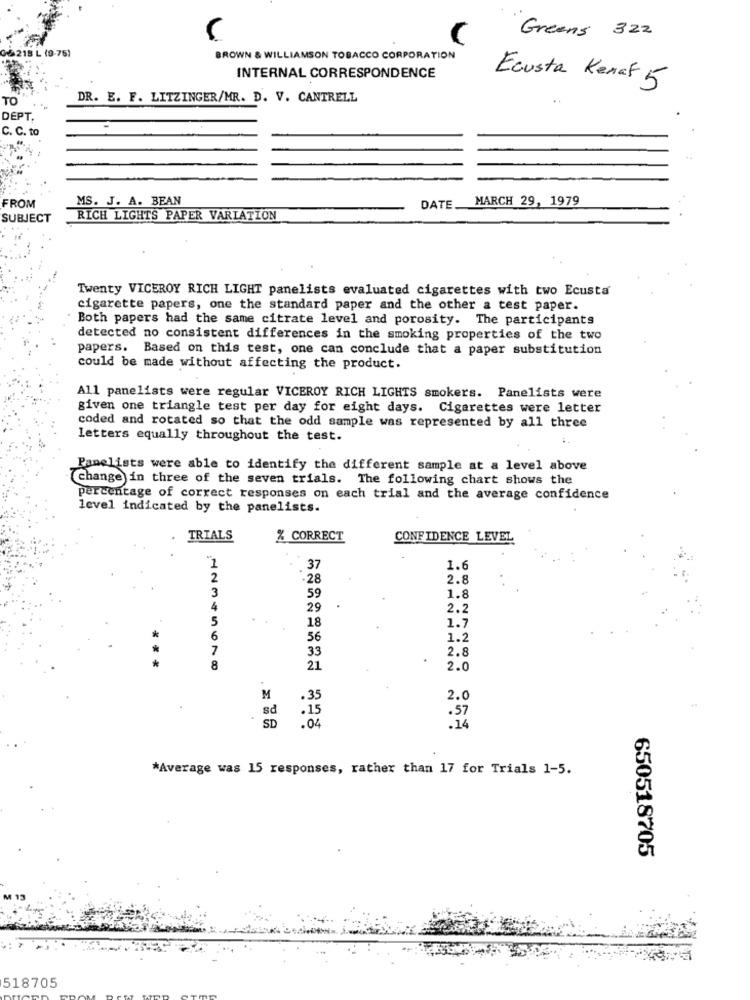
Greens 322
&218 L (9-76)
BROWN & WILLIAMSON TOBACCO CORPORATION
INTERNAL CORRESPONDENCE
Ecusta Kenaf 5
TO
DR. E. F. LITZINGER/MR. D. V. CANTRELL
DEPT.
C. C. to
MS. J. A. BEAN
MARCH 29, 1979
FROM
DATE.
SUBJECT
RICH LIGHTS PAPER VARIATION
Twenty VICEROY RICH LIGHT panelists evaluated cigarettes with two Ecusta
cigarette papers, one the standard paper and the other a test paper.
Both papers had the same citrate level and porosity. The participants
detected no consistent differences in the smoking properties of the two
papers. Based on this test, one can conclude that a paper substitution
could be made without affecting the product.
All panelists were regular VICEROY RICH LIGHTS smokers. Panelists were
given one triangle test per day for eight days. Cigarettes were letter
coded and rotated so that the odd sample was represented by all three
letters equally throughout the test.
Panelists were able to identify the different sample at a level above
Change in three of the seven trials. The following chart shows the
percentage of correct responses on each trial and the average confidence
level indicated by the panelists.
TRIALS
% CORRECT
CONFIDENCE LEVEL
1
37
1.6
2
-28
2.8
3
59
1.8
4
29
2.2
5
18
1.7
56
1.2
33
2.8
8
21
2.0
M
2.0
så
.
.57
SD
.04
.14
*Average was 15 responses, rather than 17 for Trials 1-5.
650518705
518705